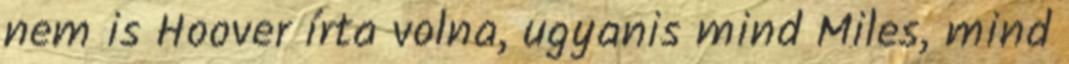
nem is Hoover írta volna, ugyanis mind Miles, mind